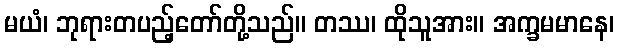
မယံ၊ ဘုရားတပည့်တော်တို့သည်။ တဿ၊ ထိုသူအား။ အက္ခမမာနေ၊